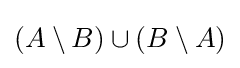
{\textstyle (A\setminus B)\cup (B\setminus A)}